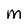
Character: M